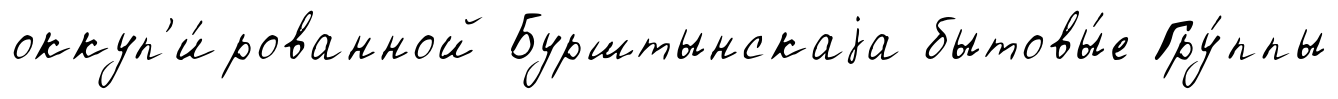
оккуп'и́рованной Бурштынскаjа бытовы́е Гру́ппы